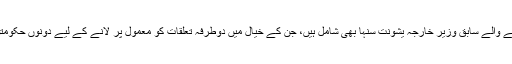
دو روزہ اجلاس میں شرکت کرنے والے 15 رکنی بھارتی وفد میں بھارتیہ جنتا پارٹی سے تعلق رکھنے والے سابق وزیر خارجہ یشونت سنہا بھی شامل ہیں، جن کے خیال میں دوطرفہ تعلقات کو معمول پر لانے کے لیے دونوں حکومتوں کو کردار ادا کرنا ہوگا لیکن اس سلسلے میں سب سے زیادہ ذمہ داری عوامی نمائندوں کی بنتی ہے۔